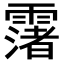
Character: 𩅻